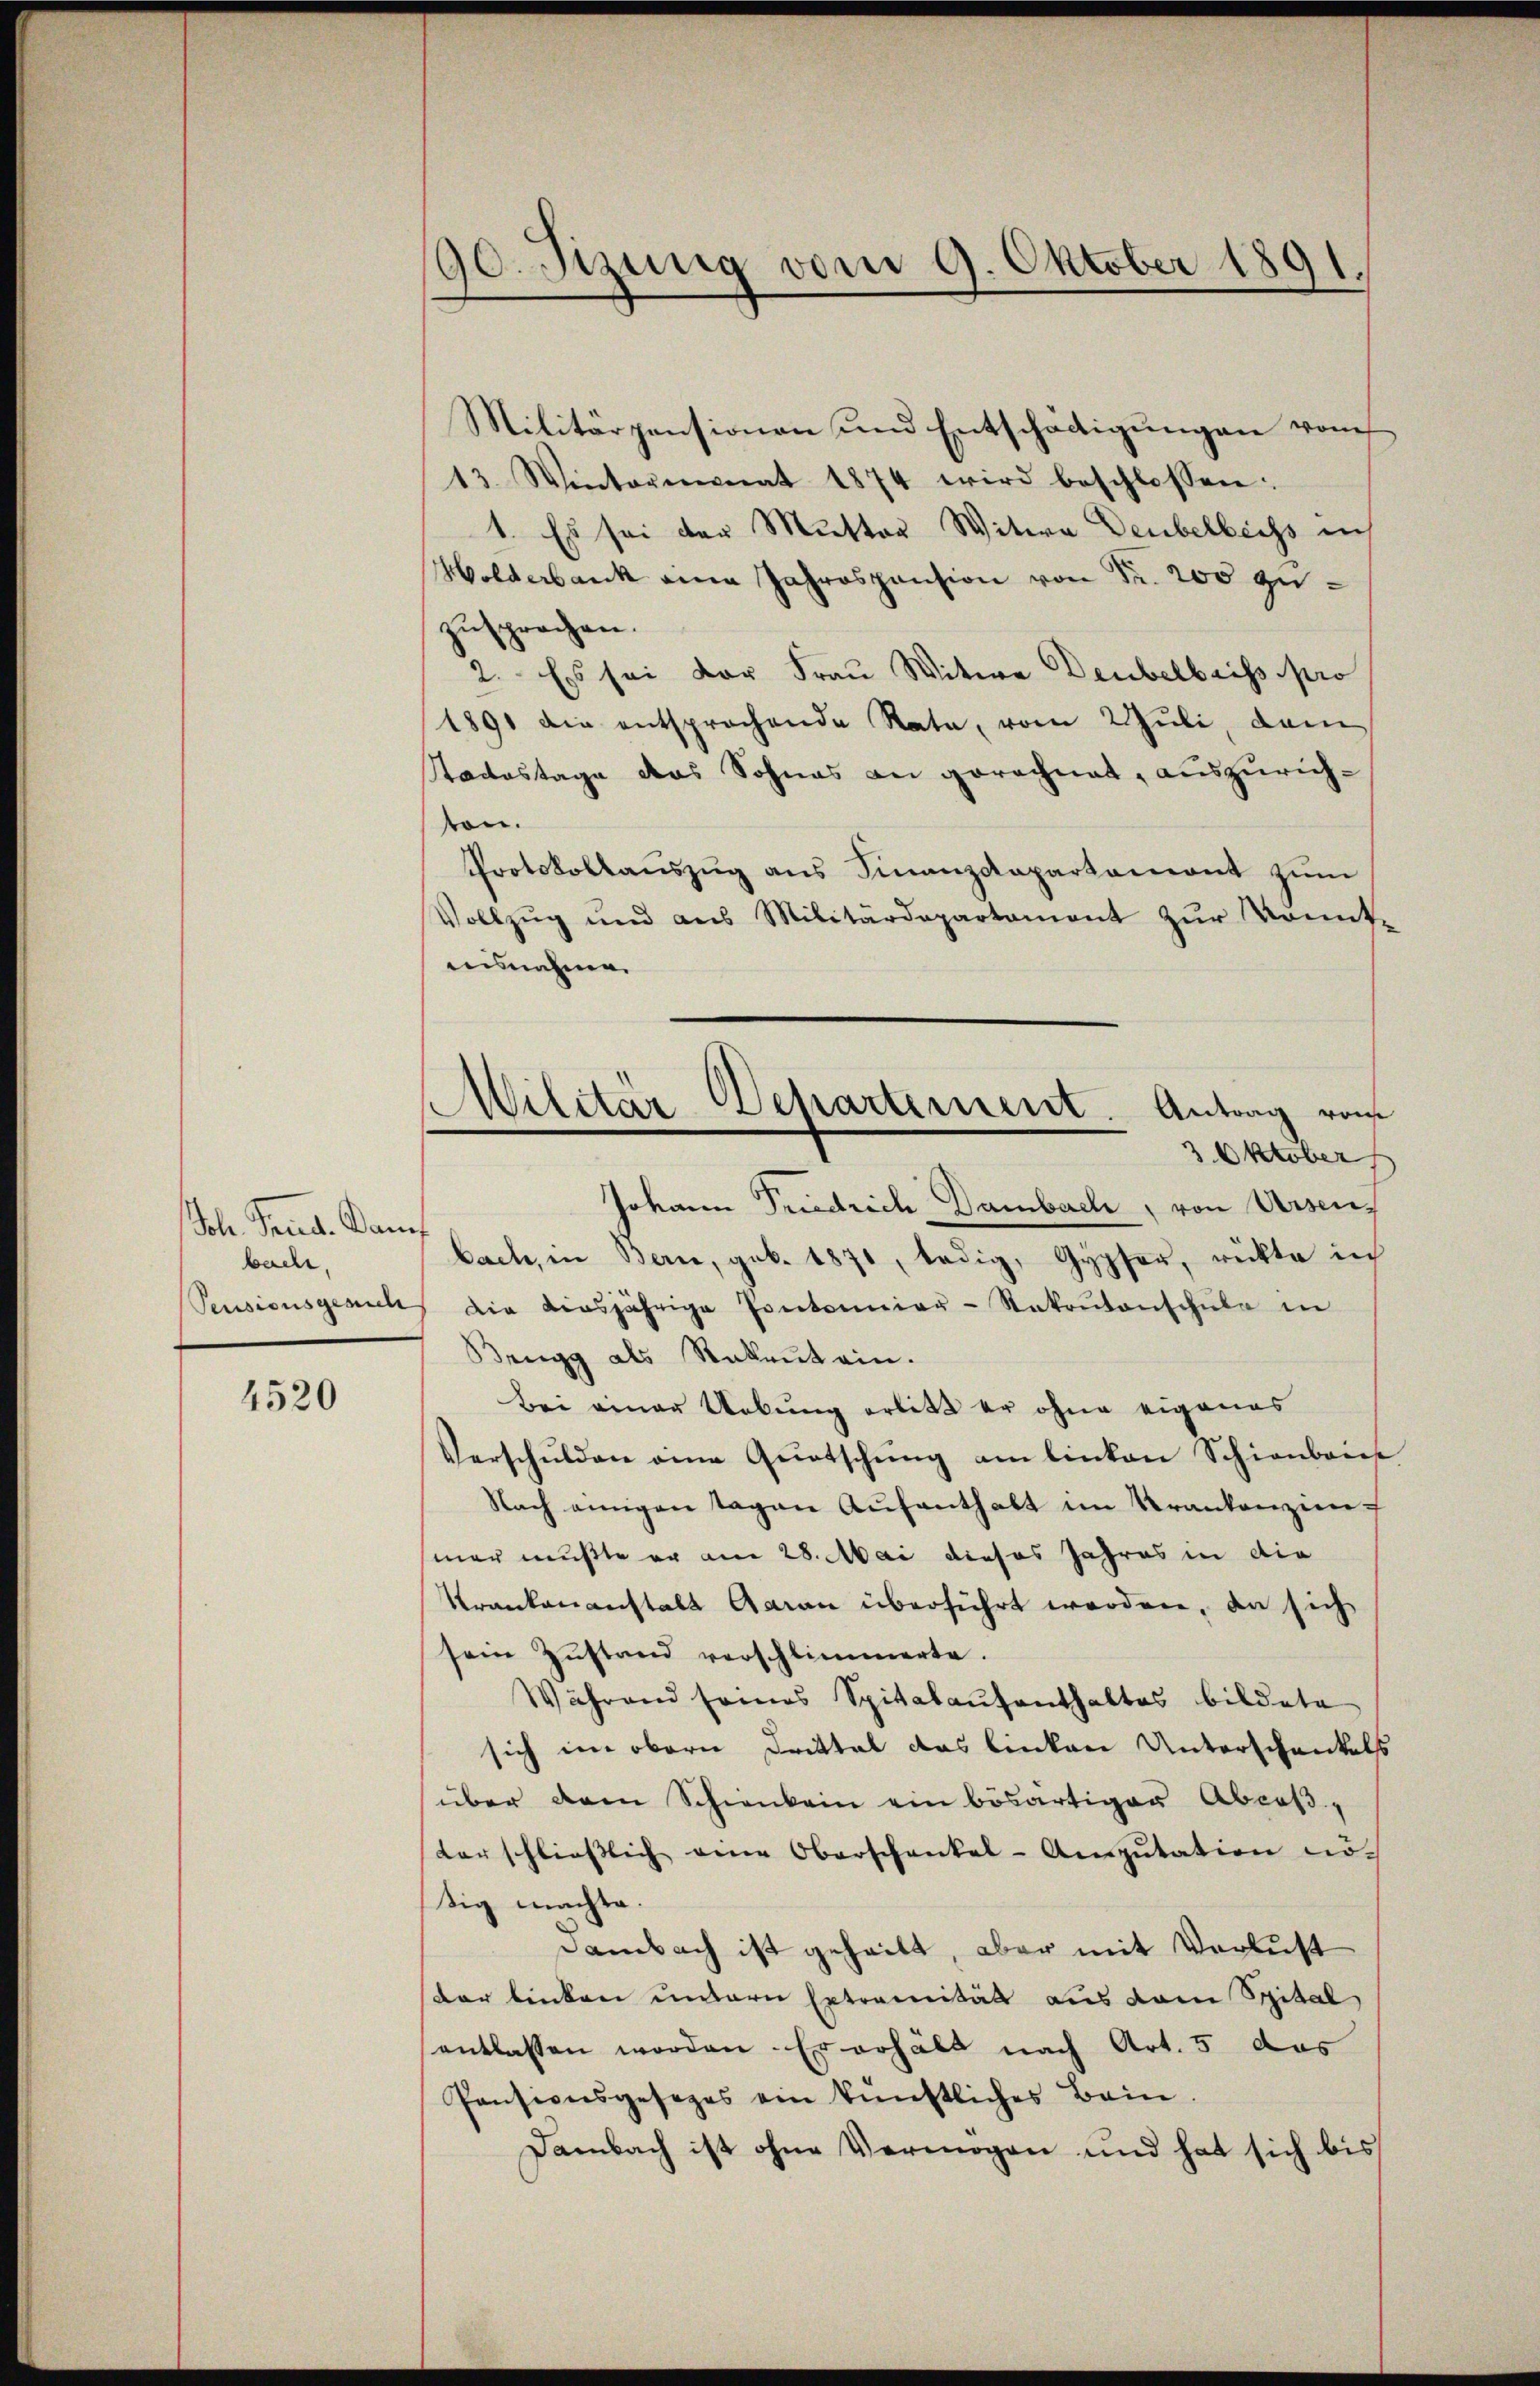
Joh. Send. Dann
bache,

4520

90. Sitzung vom 9. Oktober 1891.

Militärpensionen und Entschädigungen vom
13. Wintermonat 1874 wird beschlossen:
1. Es sei der Mutter Witwe Deubelbuchs in
Molderbank eine Jahrespension von Fr. 200 zuzusprochen.
2. Es sei der Frau Witwe Deubelbriss pro
1891 die entsprochende Rata, vom Juli, dam
Stadtestage das Sohnes an gerechnet, auszurichton.
Protokollaŭszŭg ans Finanzdepartamont zŭm
Vollzŭg und aus Militärdepartament zur konnt-
ausnahme.
3. Oktober
Johann Priedrich, Dambach, von Ursen
bache, in Berne, geb. 1871, ledig, Gypfer, rückte in
Pensionsgesich die diesjährige Pontonier-Stakoŭtanschule in
Brugg als Rekrutein.
Bei einer Uebung erlitt er ohne eigenes
Verschulden eine Quotschŭng am linken Schienbaut
Nach einigen Tagen Aŭfenthalt im Krankenzien-
hmer mußte er am 28. Mai dieses Jahres in die
krankenanstalt Garan überführt werden, da sich
sein Zustand verschlimmerte.
Während seines Spitalaŭfenthaltes bildete
sich im obern Drittel das linken Unterschenkels
über dem Schienkein ein bösartiger Abcoß-
Vorschliesslich eine Oberschenkel-Amszŭtation nösig machte.
Dambach ist geheilt, aber mit Verlust
dar linken untern Ertranität aus dem Spital
entlassen worden. Er erhält nach Art. 5 das
Pensionsgesezes ein künstliches Bein.
Dambach ist ohne Vermögen und hat sich bis

Militär Departement Antrag von